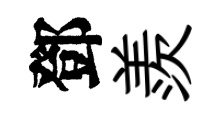
鄧羨